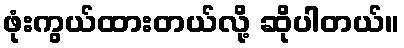
ဖုံးကွယ်ထားတယ်လို့ ဆိုပါတယ်။